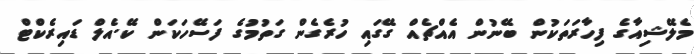
މެލޭޝިއާގެ ފިހާރަތަކުން ބޭނުން އެއްޗެއް ގޭގައި ހުރެގެން ގަތުމުގެ ފަސޭހަކަން ކޭ.އެލް ޑައިރެކްޓް